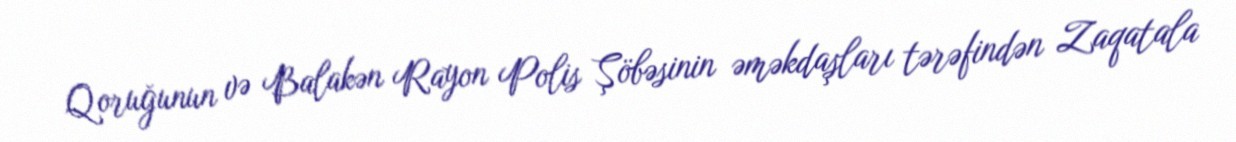
Qoruğunun və Balakən Rayon Polis Şöbəsinin əməkdaşları tərəfindən Zaqatala